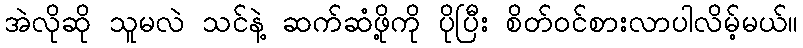
အဲလိုဆို သူမလဲ သင်နဲ့ ဆက်ဆံဖို့ကို ပိုပြီး စိတ်ဝင်စားလာပါလိမ့်မယ်။